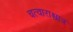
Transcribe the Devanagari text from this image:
चत्वाराश्चात्र